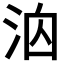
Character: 𪵻